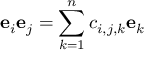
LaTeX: \mathbf { e } _ { i } \mathbf { e } _ { j } = \sum _ { k = 1 } ^ { n } c _ { i , j , k } \mathbf { e } _ { k }